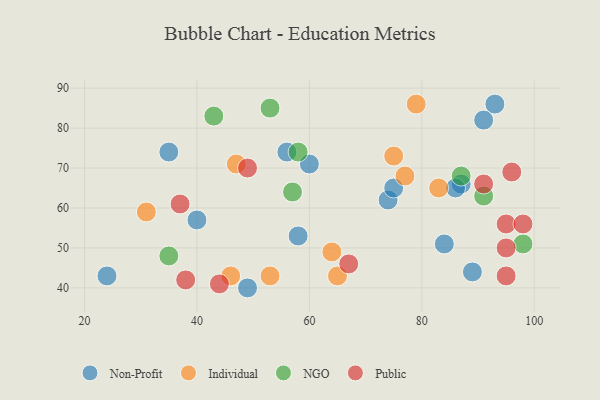
{"axis": {"x": "GDP", "y": "Life Expectancy"}, "legend": ["Individual", "NGO", "Non-Profit", "Public"], "data": [{"x": "49", "y": 40, "type": "Non-Profit"}, {"x": "58", "y": 53, "type": "Non-Profit"}, {"x": "89", "y": 44, "type": "Non-Profit"}, {"x": "40", "y": 57, "type": "Non-Profit"}, {"x": "93", "y": 86, "type": "Non-Profit"}, {"x": "87", "y": 66, "type": "Non-Profit"}, {"x": "60", "y": 71, "type": "Non-Profit"}, {"x": "35", "y": 74, "type": "Non-Profit"}, {"x": "56", "y": 74, "type": "Non-Profit"}, {"x": "24", "y": 43, "type": "Non-Profit"}, {"x": "74", "y": 62, "type": "Non-Profit"}, {"x": "91", "y": 82, "type": "Non-Profit"}, {"x": "75", "y": 65, "type": "Non-Profit"}, {"x": "86", "y": 65, "type": "Non-Profit"}, {"x": "84", "y": 51, "type": "Non-Profit"}, {"x": "64", "y": 49, "type": "Individual"}, {"x": "46", "y": 43, "type": "Individual"}, {"x": "53", "y": 43, "type": "Individual"}, {"x": "47", "y": 71, "type": "Individual"}, {"x": "77", "y": 68, "type": "Individual"}, {"x": "75", "y": 73, "type": "Individual"}, {"x": "65", "y": 43, "type": "Individual"}, {"x": "79", "y": 86, "type": "Individual"}, {"x": "83", "y": 65, "type": "Individual"}, {"x": "31", "y": 59, "type": "Individual"}, {"x": "43", "y": 83, "type": "NGO"}, {"x": "35", "y": 48, "type": "NGO"}, {"x": "91", "y": 63, "type": "NGO"}, {"x": "87", "y": 68, "type": "NGO"}, {"x": "98", "y": 51, "type": "NGO"}, {"x": "58", "y": 74, "type": "NGO"}, {"x": "57", "y": 64, "type": "NGO"}, {"x": "53", "y": 85, "type": "NGO"}, {"x": "95", "y": 43, "type": "Public"}, {"x": "38", "y": 42, "type": "Public"}, {"x": "95", "y": 56, "type": "Public"}, {"x": "95", "y": 50, "type": "Public"}, {"x": "37", "y": 61, "type": "Public"}, {"x": "49", "y": 70, "type": "Public"}, {"x": "44", "y": 41, "type": "Public"}, {"x": "98", "y": 56, "type": "Public"}, {"x": "67", "y": 46, "type": "Public"}, {"x": "91", "y": 66, "type": "Public"}, {"x": "96", "y": 69, "type": "Public"}]}